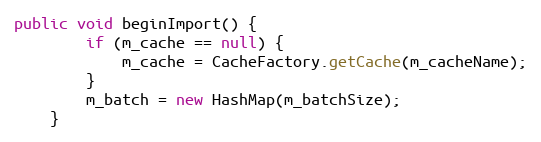
Language: Java
public void beginImport() {
        if (m_cache == null) {
            m_cache = CacheFactory.getCache(m_cacheName);
        }
        m_batch = new HashMap(m_batchSize);
    }